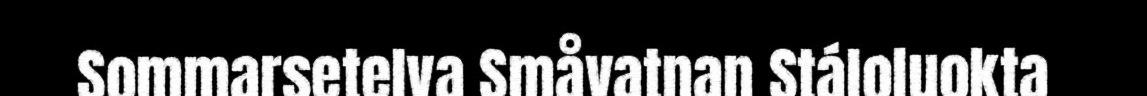
Sommarsetelva Småvatnan Stáloluokta